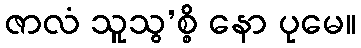
ဇာလံ သူသွ’စ္စိ နော ပုမေ။